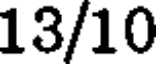
13/10